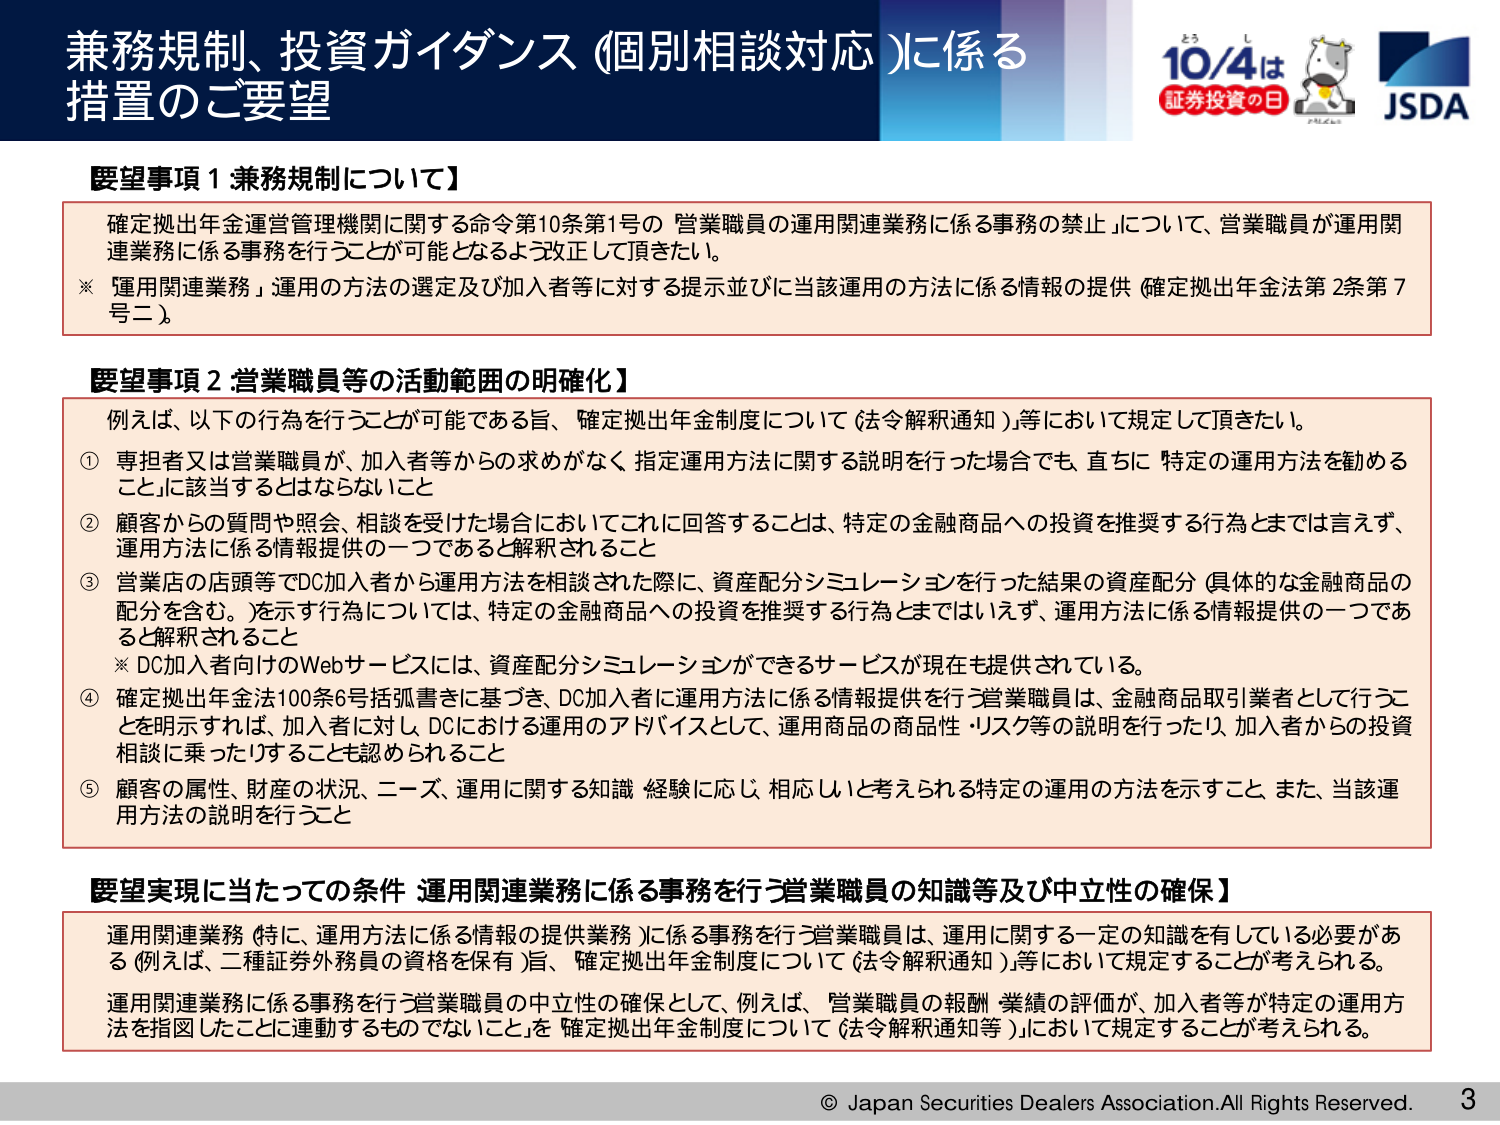
兼務規制、投資ガイダンス (個別相談対応) に係る
措置のご要望

10/4は
証券投資の日
JSDA

【要望事項1 兼務規制について】
確定拠出年金運営管理機関に関する命令第10条第1号の「営業職員の運用関連業務に係る事務の禁止」について、営業職員が運用関連業務に係る事務を行うことが可能となるよう改正して頂きたい。
※「運用関連業務」運用の方法の選定及び加入者等に対する提示並びに当該運用の方法に係る情報の提供（確定拠出年金法第2条第7号ニ）。

【要望事項2 営業職員等の活動範囲の明確化】
例えば、以下の行為を行うことが可能である旨、確定拠出年金制度について（法令解釈通知）等において規定して頂きたい。
① 専担者又は営業職員が、加入者等からの求めがなく、指定運用方法に関する説明を行った場合でも、直ちに「特定の運用方法を勧める」ことに該当するとはならないこと
② 顧客からの質問や照会、相談を受けた場合においてこれに回答することは、特定の金融商品への投資を推奨する行為とまでは言えず、運用方法に係る情報提供の一つであると解釈されること
③ 営業店の店頭等でDC加入者から運用方法を相談された際に、資産配分シミュレーションを行った結果の資産配分（具体的な金融商品の配分を含む。）を示す行為については、特定の金融商品への投資を推奨する行為とまではいえず、運用方法に係る情報提供の一つであると解釈されること
※ DC加入者向けのWebサービスには、資産配分シミュレーションができるサービスが現在も提供されている。
④ 確定拠出年金法100条6号括弧書きに基づき、DC加入者に運用方法に係る情報提供を行う営業職員は、金融商品取引業者として行うことを明示すれば、加入者に対し、DCにおける運用のアドバイスとして、運用商品の商品性・リスク等の説明を行ったり、加入者からの投資相談に乗ったりすることも認められること
⑤ 顧客の属性、財産の状況、ニーズ、運用に関する知識・経験に応じ、相応しいと考えられる特定の運用の方法を示すこと、また、当該運用方法の説明を行うこと

【要望実現に当たっての条件 運用関連業務に係る事務を行う営業職員の知識等及び中立性の確保】
運用関連業務（特に、運用方法に係る情報の提供業務）に係る事務を行う営業職員は、運用に関する一定の知識を有している必要がある（例えば、二種証券外務員の資格を保有）旨、確定拠出年金制度について（法令解釈通知）等において規定することが考えられる。
運用関連業務に係る事務を行う営業職員の中立性の確保として、例えば、「営業職員の報酬・業績の評価が、加入者等が特定の運用方法を指図したことに連動するものでないこと」を、確定拠出年金制度について（法令解釈通知等）において規定することが考えられる。

© Japan Securities Dealers Association. All Rights Reserved.
3